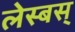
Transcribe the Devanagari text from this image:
लेस्बस्